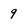
Character: 9